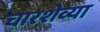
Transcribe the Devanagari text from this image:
चारशेव्या